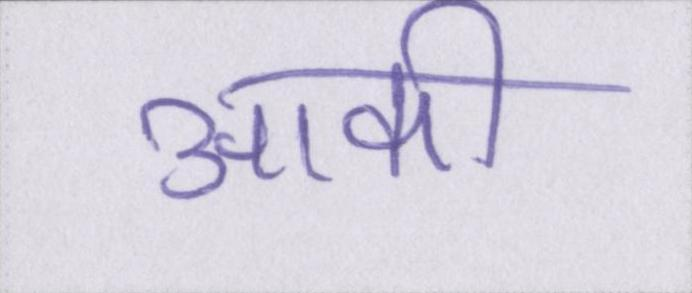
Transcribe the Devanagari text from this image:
आकी